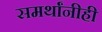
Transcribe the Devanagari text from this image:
समर्थांनीही